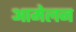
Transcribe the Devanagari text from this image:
आमेलन